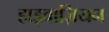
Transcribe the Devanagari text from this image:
हाइवाज़ियन